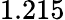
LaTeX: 1.215